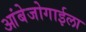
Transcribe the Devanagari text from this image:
आंबेजोगाईला